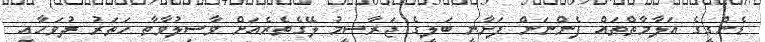
ޑެންގީގެ އަލާމާތްތައް ފެންނަން ފަށާނީ ބަލީގެ ޖަރާސީމު ލޭގެތެރެއަށް ވާސިލުވާތާ ހަތަރު ދުވަހާއި